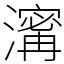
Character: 𤀑